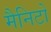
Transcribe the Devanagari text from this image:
मैनिटो